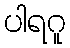
ပါရဂူ